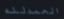
الحمدلله